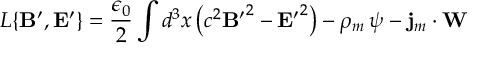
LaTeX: L \{ { { \bf B } ^ { \prime } } , { { \bf E } ^ { \prime } } \} = \frac { \epsilon _ { 0 } } { 2 } \int d ^ { 3 } x \left( c ^ { 2 } { { \bf B } ^ { \prime } } ^ { 2 } - { { \bf E } ^ { \prime } } ^ { 2 } \right) - \rho _ { m } \, \psi - { \bf j } _ { m } \cdot { \bf W }